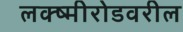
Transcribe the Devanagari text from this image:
लक्ष्मीरोडवरील